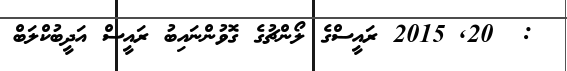
:  20